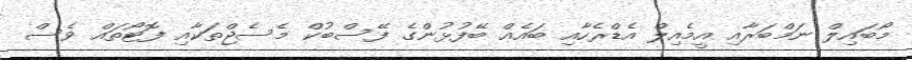
މޯބައިލް ނަމްބަރާއި އީމެއިލް އެޑްރެހާއި ބައެއް ބޭފުޅުންގެ ފޭސްބުކް މެސެޖްތަކާއި ފޮޓޯތައް ވެސް